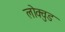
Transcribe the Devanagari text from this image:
लोक्वुड